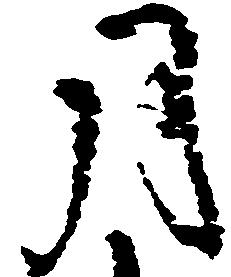
月